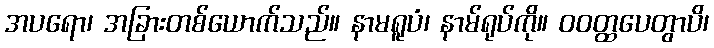
အပရော၊ အခြားတစ်ယောက်သည်။ နာမရူပံ၊ နာမ်ရုပ်ကို။ ဝဝတ္ထပေတွာပိ၊